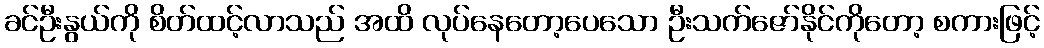
ခင်ဦးနွယ်ကို စိတ်ထင့်လာသည် အထိ လုပ်နေတော့ပေသော ဦးသက်ဇော်နိုင်ကိုတော့ စကားဖြင့်